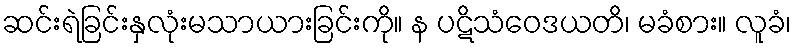
ဆင်းရဲခြင်းနှလုံးမသာယားခြင်းကို။ န ပဋိသံဝေဒယတိ၊ မခံစား။ လူခံ၊